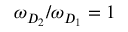
\omega _ { D _ { 2 } } / \omega _ { D _ { 1 } } = 1